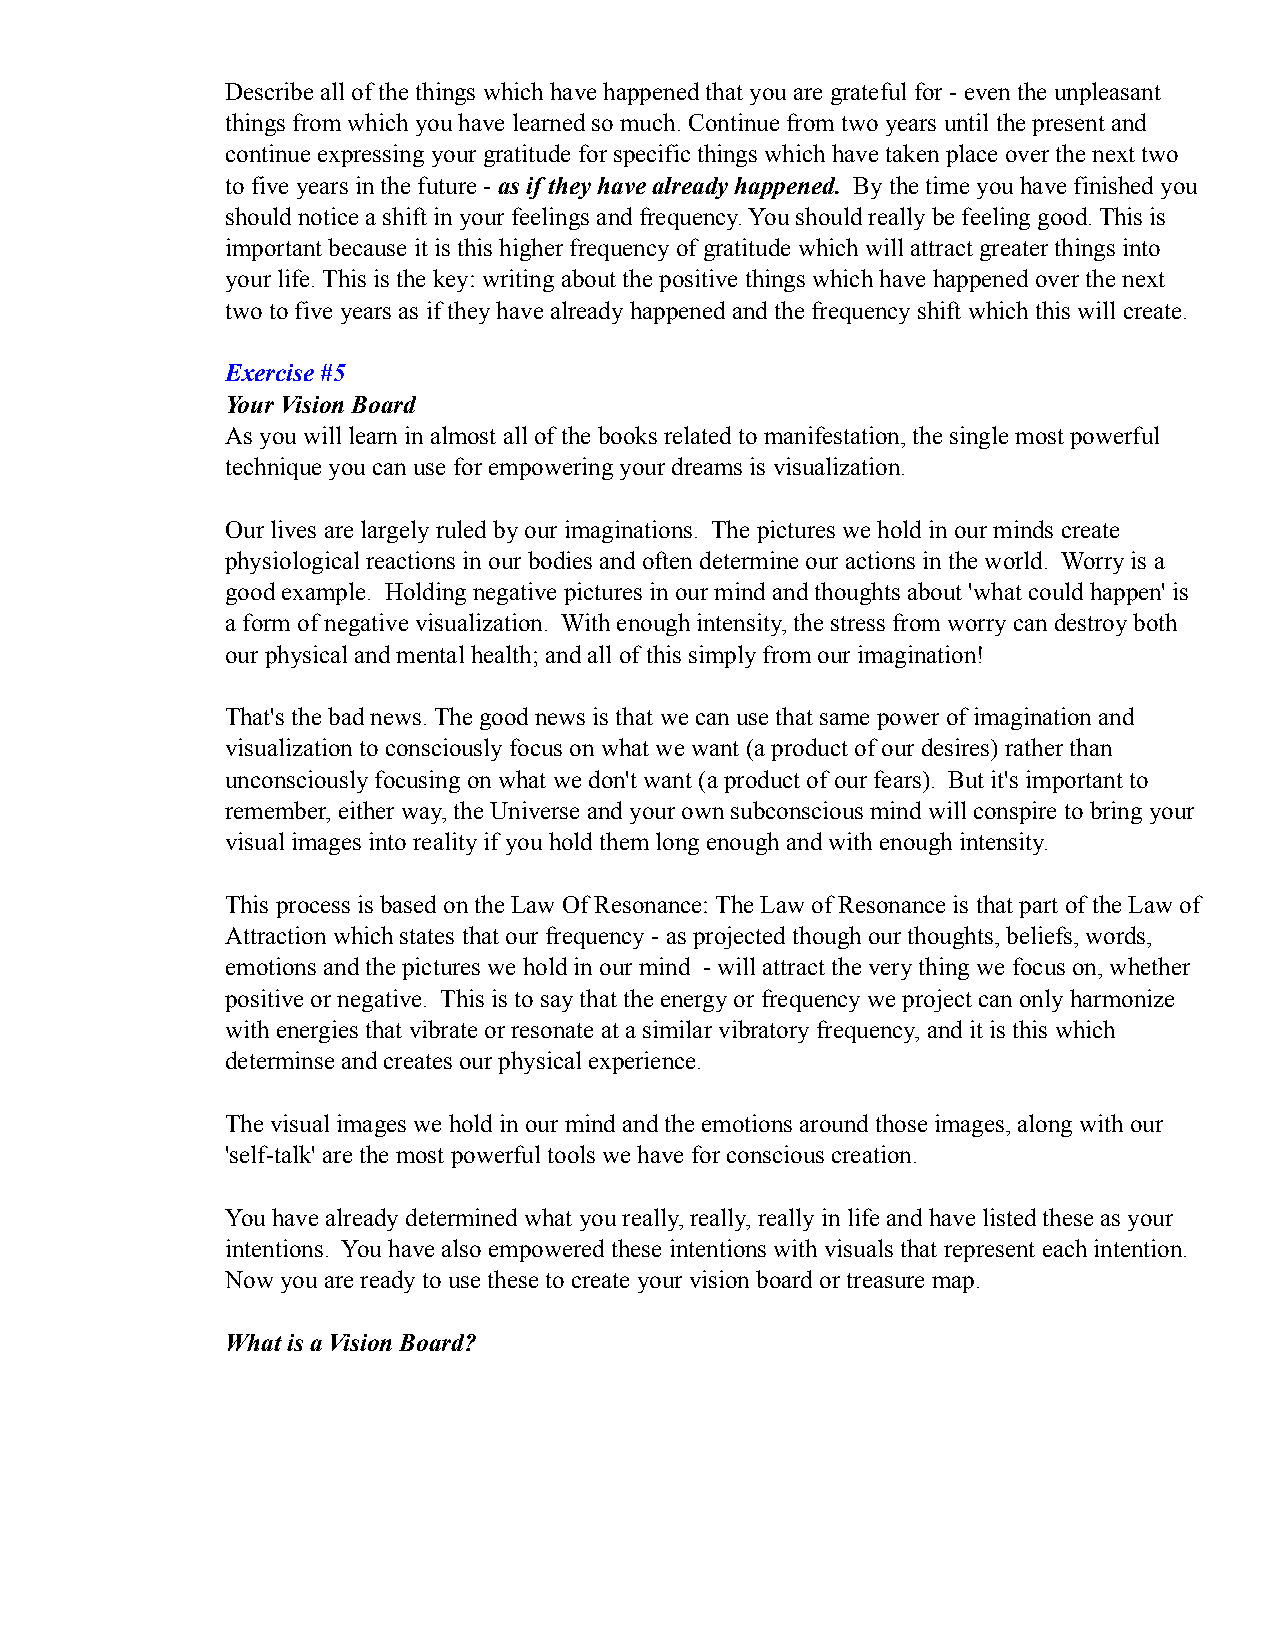
Describe all of the things which have happened that you are grateful for - even the unpleasant
 things from which you have learned so much. Continue from two years until the present and
 continue expressing your gratitude for specific things which have taken place over the next two
 to five years in the future - as if they have already happened. By the time you have finished you
 should notice a shift in your feelings and frequency. You should really be feeling good. This is
 important because it is this higher frequency of gratitude which will attract greater things into
 your life. This is the key: writing about the positive things which have happened over the next
 two to five years as if they have already happened and the frequency shift which this will create.
 Exercise #5
 Your Vision Board
 As you will learn in almost all of the books related to manifestation, the single most powerful
 technique you can use for empowering your dreams is visualization.
 Our lives are largely ruled by our imaginations. The pictures we hold in our minds create
 physiological reactions in our bodies and often determine our actions in the world. Worry is a
 good example. Holding negative pictures in our mind and thoughts about 'what could happen' is
 a form of negative visualization. With enough intensity, the stress from worry can destroy both
 our physical and mental health; and all of this simply from our imagination!
 That's the bad news. The good news is that we can use that same power of imagination and
 visualization to consciously focus on what we want (a product of our desires) rather than
 unconsciously focusing on what we don't want (a product of our fears). But it's important to
 remember, either way, the Universe and your own subconscious mind will conspire to bring your
 visual images into reality if you hold them long enough and with enough intensity.
 This process is based on the Law Of Resonance: The Law of Resonance is that part of the Law of
 Attraction which states that our frequency - as projected though our thoughts, beliefs, words,
 emotions and the pictures we hold in our mind - will attract the very thing we focus on, whether
 positive or negative. This is to say that the energy or frequency we project can only harmonize
 with energies that vibrate or resonate at a similar vibratory frequency, and it is this which
 determinse and creates our physical experience.
 The visual images we hold in our mind and the emotions around those images, along with our
 'self-talk' are the most powerful tools we have for conscious creation.
 You have already determined what you really, really, really in life and have listed these as your
 intentions. You have also empowered these intentions with visuals that represent each intention.
 Now you are ready to use these to create your vision board or treasure map.
 What is a Vision Board?